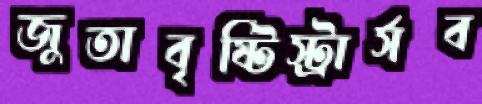
জুতাবৃষ্টিস্ট্রার্সব